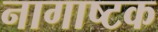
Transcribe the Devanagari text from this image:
नागाष्टक